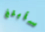
سأبلغ